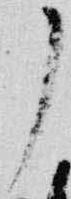
了